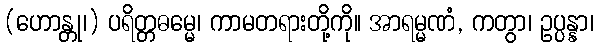
(ဟောန္တု၊) ပရိတ္တဓမ္မေ၊ ကာမတရားတို့ကို။ အာရမ္မဏံ, ကတွာ၊ ဥပ္ပန္နာ၊